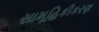
સામૂહિકીકરણ